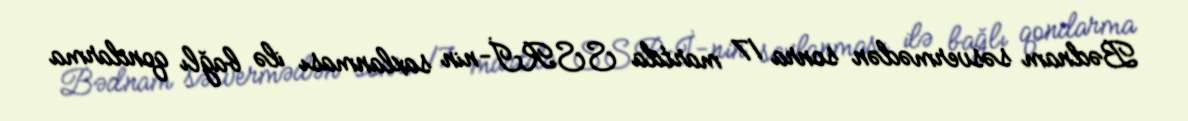
Bədnam səsvermədən sonra 17 martda SSRİ-nin saxlanması ilə bağlı qondarma